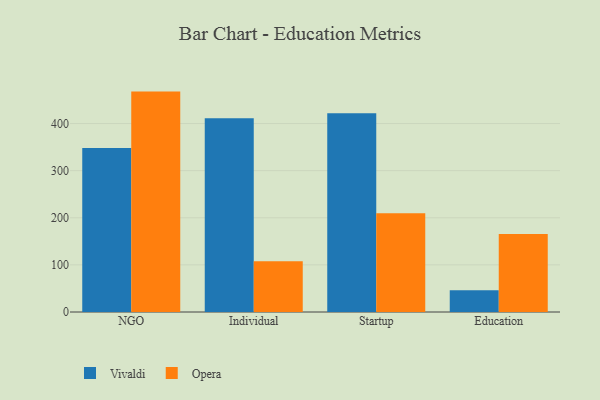
{"axis": {"x": "Segment", "y": "LTV (USD)"}, "legend": ["Opera", "Vivaldi"], "data": [{"x": "NGO", "y": 348.0, "type": "Vivaldi"}, {"x": "NGO", "y": 467.8, "type": "Opera"}, {"x": "Individual", "y": 411.2, "type": "Vivaldi"}, {"x": "Individual", "y": 107.8, "type": "Opera"}, {"x": "Startup", "y": 421.7, "type": "Vivaldi"}, {"x": "Startup", "y": 209.8, "type": "Opera"}, {"x": "Education", "y": 46.0, "type": "Vivaldi"}, {"x": "Education", "y": 165.3, "type": "Opera"}]}